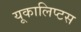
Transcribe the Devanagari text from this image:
यूकालिप्टस